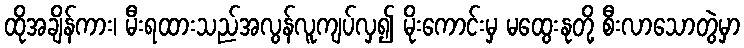
ထိုအချိန်ကား၊ မီးရထားသည်အလွန်လူကျပ်လှ၍ မိုးကောင်းမှ မထွေးနုတို့ စီးလာသောတွဲမှာ